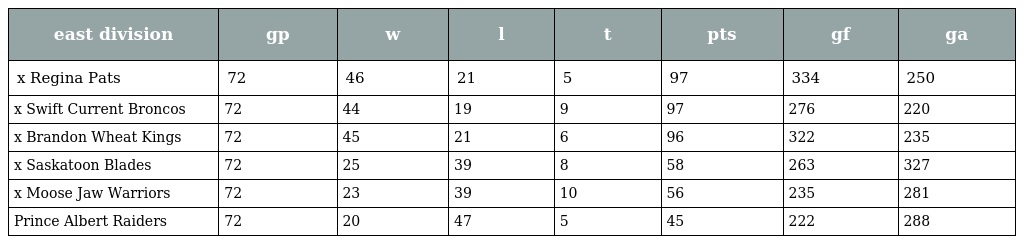
| east division | gp | w | l | t | pts | gf | ga |
 | --- | --- | --- | --- | --- | --- | --- | --- |
 | x Regina Pats | 72 | 46 | 21 | 5 | 97 | 334 | 250 |
 | x Swift Current Broncos | 72 | 44 | 19 | 9 | 97 | 276 | 220 |
 | x Brandon Wheat Kings | 72 | 45 | 21 | 6 | 96 | 322 | 235 |
 | x Saskatoon Blades | 72 | 25 | 39 | 8 | 58 | 263 | 327 |
 | x Moose Jaw Warriors | 72 | 23 | 39 | 10 | 56 | 235 | 281 |
 | Prince Albert Raiders | 72 | 20 | 47 | 5 | 45 | 222 | 288 |